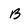
Character: B